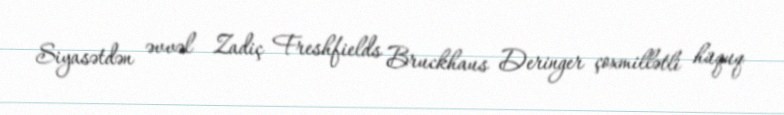
Siyasətdən əvvəl Zadiç Freshfields Bruckhaus Deringer çoxmillətli hüquq